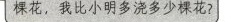
棵花，我比小明多浇了多少棵花？